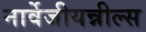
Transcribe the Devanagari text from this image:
नार्वेजीयन्नील्स